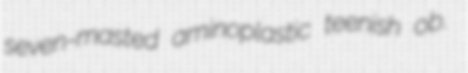
seven-masted aminoplastic teenish ob.